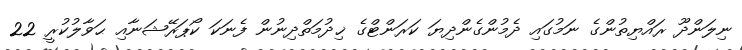
ނިލަންދޫ ރައްޔިތުންގެ ނަމުގައި ދެމުންގެންދިޔަ ކަރަންޓްގެ ޚިދުމަތްދިނުން ފެނަކަ ކޯޕަރޭޝަނާއި ޙަވާލުކުރީ 22